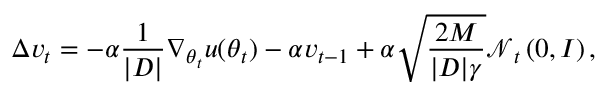
\Delta \boldsymbol { v } _ { t } = - \alpha \frac { 1 } { | D | } \nabla _ { \boldsymbol { \theta } _ { t } } u ( \boldsymbol { \theta } _ { t } ) - \alpha \boldsymbol { v } _ { t - 1 } + \alpha \sqrt { \frac { 2 \boldsymbol { M } } { | D | \gamma } } \boldsymbol { \mathcal { N } } _ { t } \left( 0 , I \right) ,